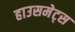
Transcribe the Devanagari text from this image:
हाउसमेट्स